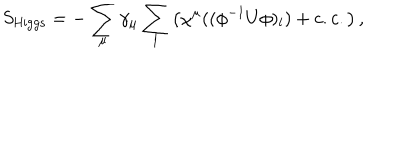
S _ { \mathrm { H i g g s } } = - \sum _ { \mu } \gamma _ { \mu } \sum _ { l } \left( \chi ^ { \mu } ( ( \phi ^ { - 1 } U \phi ) _ { l } ) + c . c . \right) ,